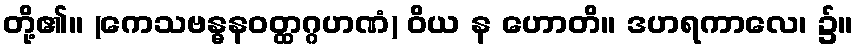
တို့၏။ (ကေသဗန္ဓနဝတ္ထဂ္ဂဟဏံ) ဝိယ န ဟောတိ။ ဒဟရကာလေ၊ ၌။